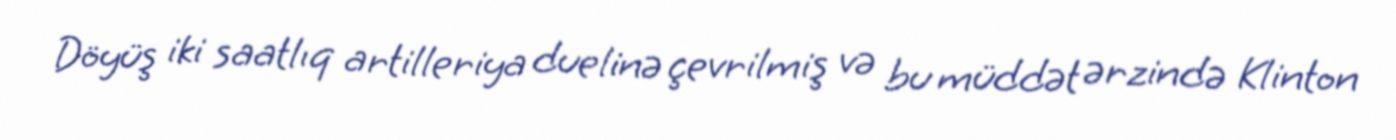
Döyüş iki saatlıq artilleriya duelinə çevrilmiş və bu müddət ərzində Klinton